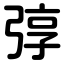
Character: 弴